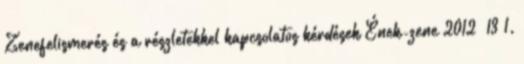
Zenefelismerés és a részletekkel kapcsolatos kérdések Ének-zene 2012 13 1.